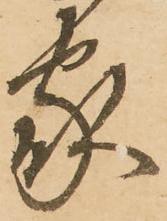
家